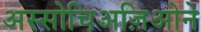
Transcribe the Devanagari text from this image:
अस्सोचिअज़िओने